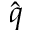
\hat { q }